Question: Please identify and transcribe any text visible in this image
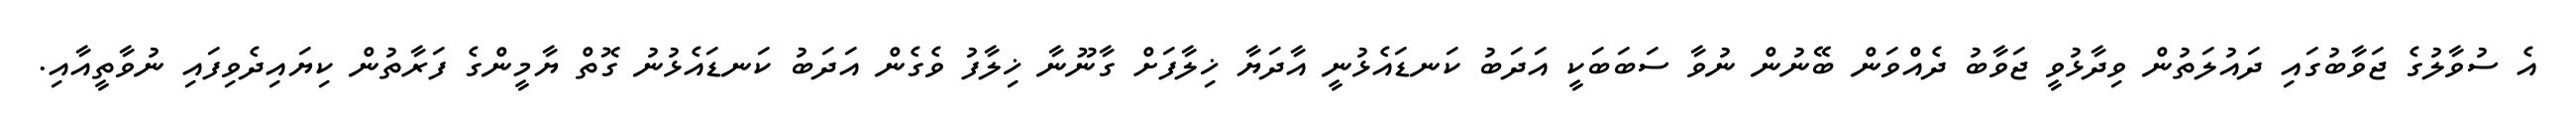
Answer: އެ ސުވާލުގެ ޖަވާބުގައި ދައުލަތުން ވިދާޅުވީ ޖަވާބު ދެއްވަން ބޭނުން ނުވާ ސަބަބަކީ އަދަބު ކަނޑައެޅުނީ އާދަޔާ ޚިލާފަށް ގާނޫނާ ޚިލާފު ވެގެން އަދަބު ކަނޑައެޅުނު ގޮތް ޔާމީންގެ ފަރާތުން ކިޔައިދެވިފައި ނުވާތީއާއި.